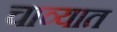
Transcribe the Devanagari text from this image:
चाव्यात